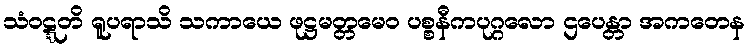
သံဝဋ္ဋတိ ရူပရာသိ သကာယေ ဖုဋ္ဌမတ္တမေဝ ပစ္စနီကပုဂ္ဂလော ဌပေန္တာ အကတေန